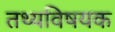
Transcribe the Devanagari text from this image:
तथ्यविषयक